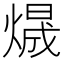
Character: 𱬃